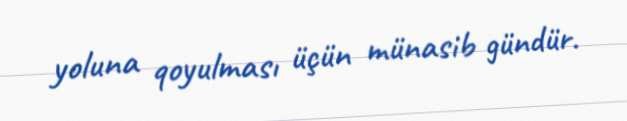
yoluna qoyulması üçün münasib gündür.